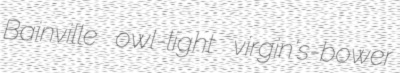
Bainville owl-light virgin's-bower